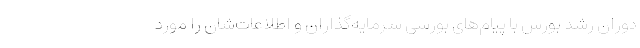
دوران رشد بورس با پیام‌های بورسی سرمایه‌گذاران و اطلاعات‌شان را مورد